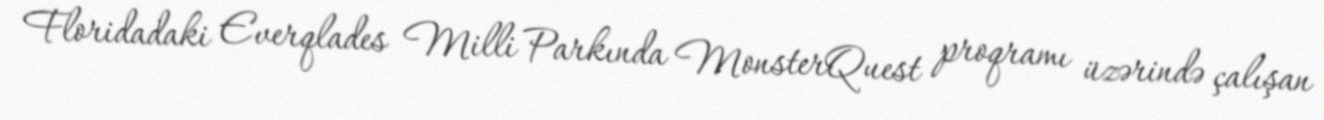
Floridadaki Everqlades Milli Parkında MonsterQuest proqramı üzərində çalışan